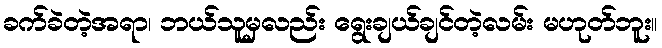
ခက်ခဲတဲ့အရာ၊ ဘယ်သူမှလည်း ရွေးချယ်ချင်တဲ့လမ်း မဟုတ်ဘူး။